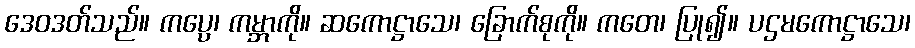
ဒေဝဒတ်သည်။ ကပ္ပေ၊ ကမ္ဘာကို။ ဆကောဋ္ဌာသေ၊ ခြောက်စုကို။ ကတေ၊ ပြု၍။ ပဌမကောဋ္ဌာသေ၊